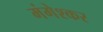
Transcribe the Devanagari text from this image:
मंगेश्कर